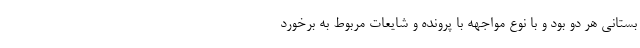
بستانی هر دو بود و با نوع مواجهه با پرونده و شایعات مربوط به برخورد